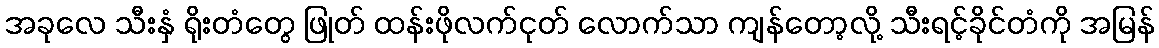
အခုလေ သီးနှံ ရိုးတံတွေ ဖြုတ် ထန်းဖိုလက်ငုတ် လောက်သာ ကျန်တော့လို့ သီးရင့်ခိုင်တံကို အမြန်